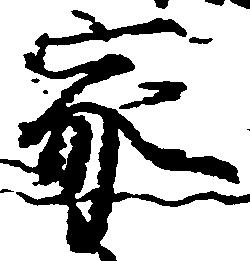
家